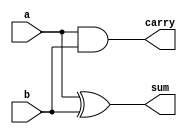
// copy from files/HA.v
/*half adder*/
// i would say it's an 1-bit half adder?
/*
module HA(
    input a,
    input b,
    output sum,carry
);*/

module HA(a,b,sum,carry);
input a,b;
output sum,carry;
wire sum,carry;
assign sum = a ^ b; // a xor b
assign carry = a & b; // a and b
endmodule